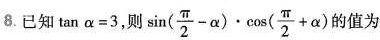
8.已知$$ \tan α = 3$$,则$$\sin ( \frac { π } { 2 } - α ) \cdot \cos ( \frac { π } { 2 } + α )$$的值为